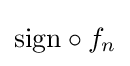
\mathrm {sign} \circ f_{n}